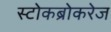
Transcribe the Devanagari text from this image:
स्टोकब्रोकरेज